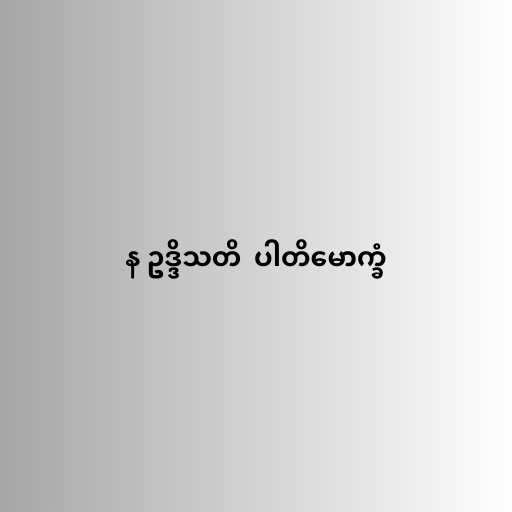
န ဥဒ္ဒိသတိ  ပါတိမောက္ခံ